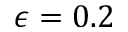
\epsilon = 0 . 2